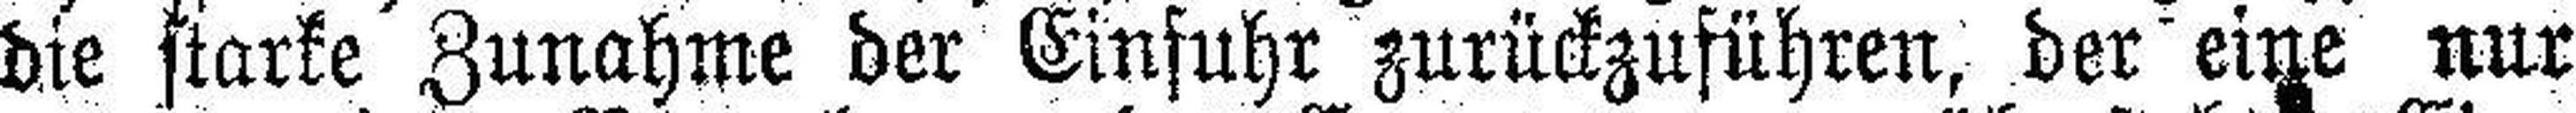
die starke Zunahme der Einfuhr zurückzuführen, der eine nur